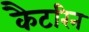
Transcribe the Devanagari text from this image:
कैटरिन